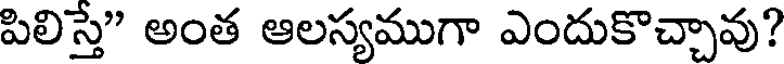
పిలిస్తే" అంత ఆలస్యముగా ఎందుకొచ్చావు?